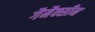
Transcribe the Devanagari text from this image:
गैमैक्सीन